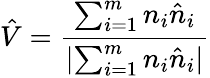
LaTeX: \hat{V}=\frac{\sum_{i=1}^{m}n_{i}\hat{n}_{i}}{\lvert\sum_{i=1}^{m}n_{i}\hat{n}_{i}\rvert}